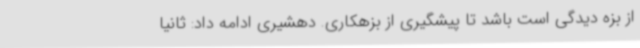
از بزه دیدگی است باشد تا پیشگیری از بزهکاری. دهشیری ادامه داد: ثانیاً